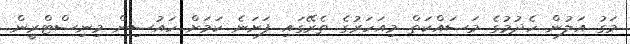
މަގު އަލުން ހެދުމުގެ މަސައްކަތް މިއަހަރުގެ ތެރޭގައި ފަށަނެ ކަމަށް ހައުސިން މިނިސްޓްރީން